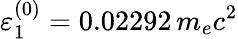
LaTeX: \varepsilon_{1}^{(0)}=0.02292\, m_{e}c^{2}